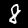
Digit: 8